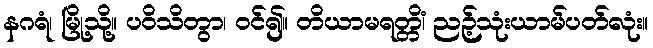
နဂရံ၊ မြို့သို့။ ပဝိသိတွာ၊ ဝင်၍။ တိယာမရတ္တိံ၊ ညဉ့်သုံးယာမ်ပတ်လုံး။